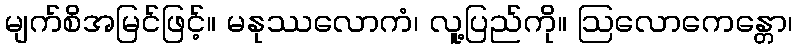
မျက်စိအမြင်ဖြင့်။ မနုဿလောကံ၊ လူ့ပြည်ကို။ ဩလောကေန္တော၊